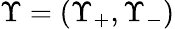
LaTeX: \Upsilon=(\Upsilon_{+},\Upsilon_{-})